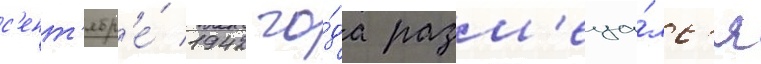
с'ент'ябр'е́ 1942 го́да разм'еща́лс'я